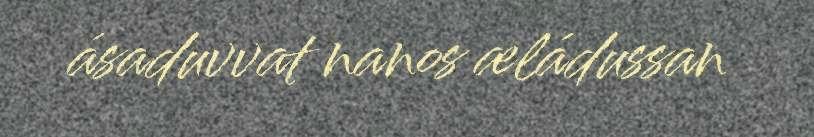
ásaduvvat nanos æládussan